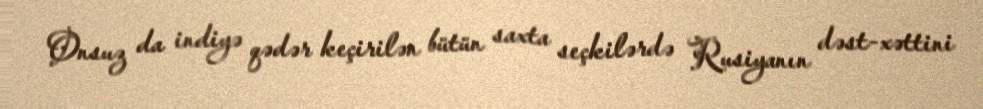
Onsuz da indiyə qədər keçirilən bütün saxta seçkilərdə Rusiyanın dəst-xəttini